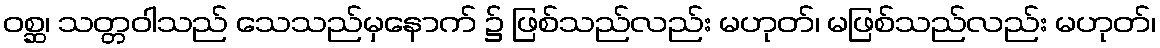
ဝစ္ဆ၊ သတ္တဝါသည် သေသည်မှနောက် ၌ ဖြစ်သည်လည်း မဟုတ်၊ မဖြစ်သည်လည်း မဟုတ်၊